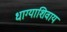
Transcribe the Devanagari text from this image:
धाग्याशिवाय